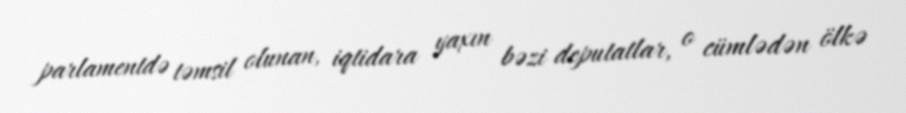
parlamentdə təmsil olunan, iqtidara yaxın bəzi deputatlar, o cümlədən ölkə